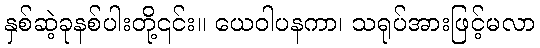
နှစ်ဆဲ့ခုနစ်ပါးတို့၎င်း။ ယေဝါပနကာ၊ သရုပ်အားဖြင့်မလာ